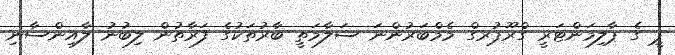
ޕީ ގެ ޕާލިމަންޓަރީ ގްރޫޕުރގް މެމްބަރުންނަ ސަލާމަތީ ބާރުތަކުގެ ފަރާތުން ލިބުނު ލާއިންސާނި